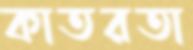
কাতরতা